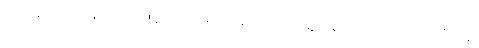
ဃာနေနပိ၊ ဃာနပသာဒဖြင့်လည်း။ ဖောဋ္ဌဗ္ဗံယေဝ၊ တွေ့ထိဖွယ်ကိုပင်လျှင်။ ဖုသိတဗ္ဗံ၊